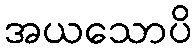
အယသောပိ